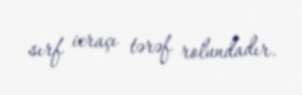
sırf icraçı tərəf rolundadır.